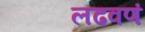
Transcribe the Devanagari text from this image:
लढवणं